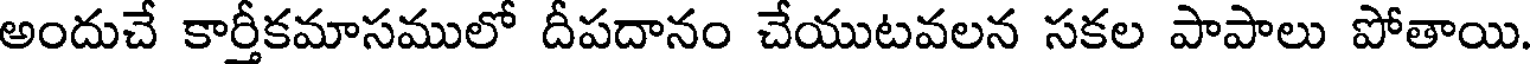
అందుచే కార్తీకమాసములో దీపదానం చేయుటవలన సకల పాపాలు పోతాయి